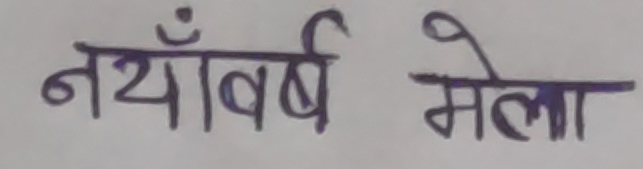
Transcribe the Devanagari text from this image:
नयाँवर्ष मेला